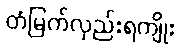
တံမြက်လှည်းရကျိုး